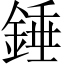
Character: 錘